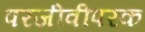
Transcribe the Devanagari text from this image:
परजीवीपरक